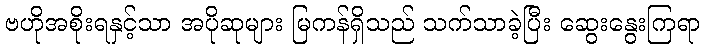
ဗဟိုအစိုးရနှင့်သာ အပိုဆုများ မြကန်ရှိသည် သက်သာခဲ့ပြီး ဆွေးနွေးကြရာ